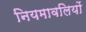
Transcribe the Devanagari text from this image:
नियमावलियों